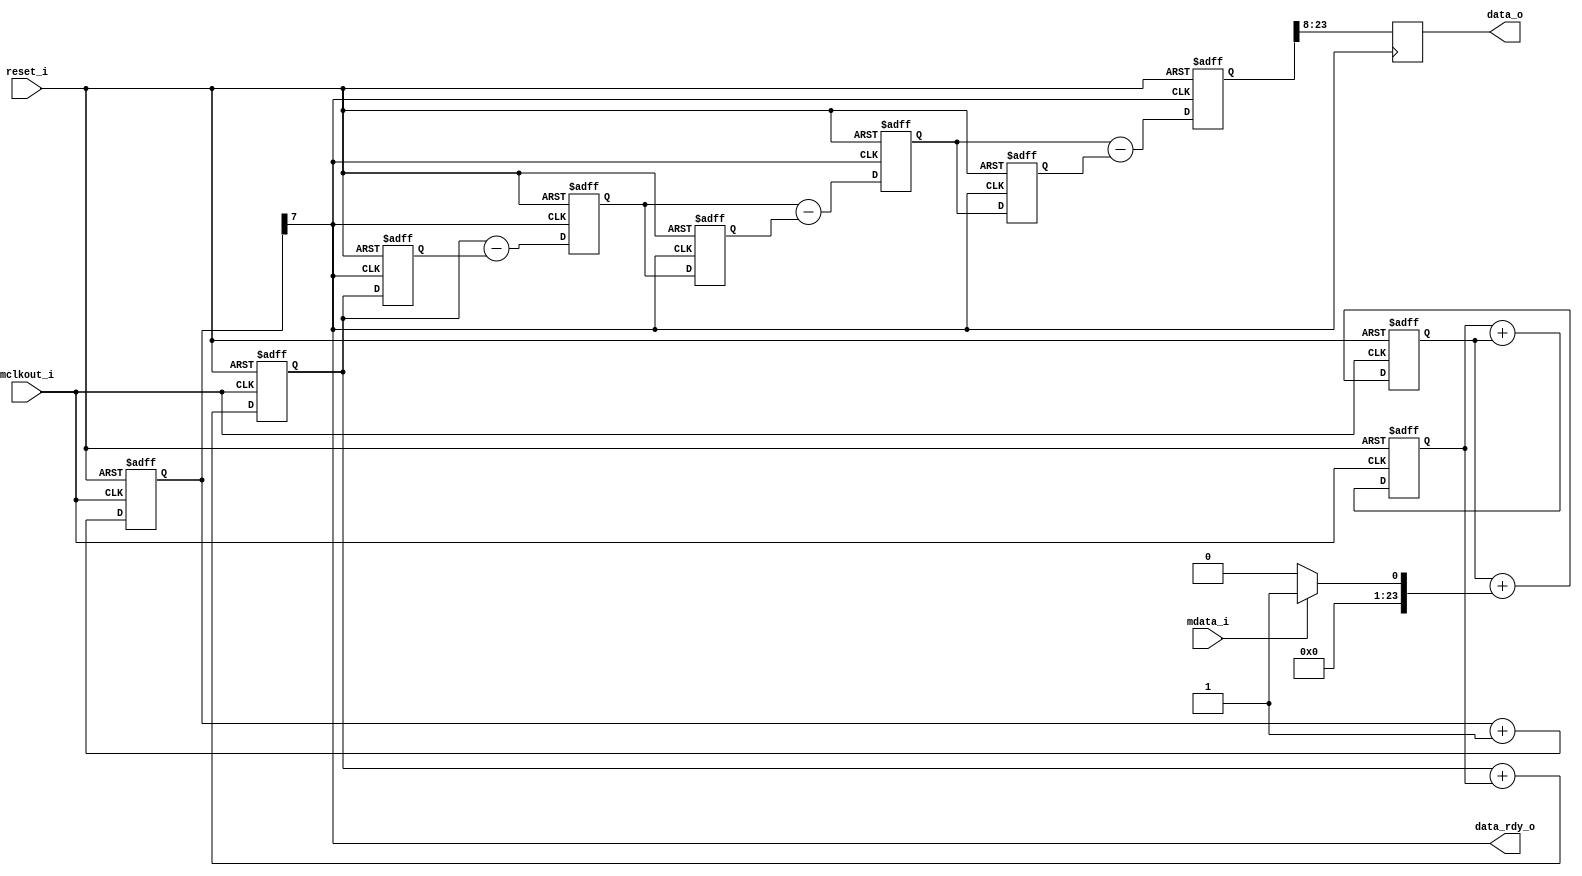
// ***************************************************************************
// ***************************************************************************
// Copyright 2014 - 2017 (c) Analog Devices, Inc. All rights reserved.
//
// In this HDL repository, there are many different and unique modules, consisting
// of various HDL (Verilog or VHDL) components. The individual modules are
// developed independently, and may be accompanied by separate and unique license
// terms.
//
// The user should read each of these license terms, and understand the
// freedoms and responsibilities that he or she has by using this source/core.
//
// This core is distributed in the hope that it will be useful, but WITHOUT ANY
// WARRANTY; without even the implied warranty of MERCHANTABILITY or FITNESS FOR
// A PARTICULAR PURPOSE.
//
// Redistribution and use of source or resulting binaries, with or without modification
// of this file, are permitted under one of the following two license terms:
//
//   1. The GNU General Public License version 2 as published by the
//      Free Software Foundation, which can be found in the top level directory
//      of this repository (LICENSE_GPL2), and also online at:
//      <https://www.gnu.org/licenses/old-licenses/gpl-2.0.html>
//
// OR
//
//   2. An ADI specific BSD license, which can be found in the top level directory
//      of this repository (LICENSE_ADIBSD), and also on-line at:
//      https://github.com/analogdevicesinc/hdl/blob/master/LICENSE_ADIBSD
//      This will allow to generate bit files and not release the source code,
//      as long as it attaches to an ADI device.
//
// ***************************************************************************
// ***************************************************************************

`timescale 1 ns / 100 ps //Use a timescale that is best for simulation.

//------------------------------------------------------------------------------
//----------- Module Declaration -----------------------------------------------
//------------------------------------------------------------------------------
module dec256sinc24b
(
    input                       reset_i,
    input                       mclkout_i,
    input                       mdata_i,

    output                      data_rdy_o,     // signals when new data is available
    output reg  [15:0]          data_o          // outputs filtered data
);

//------------------------------------------------------------------------------
//----------- Registers Declarations -------------------------------------------
//------------------------------------------------------------------------------

reg [23:0]  ip_data1;
reg [23:0]  acc1;
reg [23:0]  acc2;
reg [23:0]  acc3;
reg [23:0]  acc3_d1;
reg [23:0]  acc3_d2;
reg [23:0]  diff1;
reg [23:0]  diff2;
reg [23:0]  diff3;
reg [23:0]  diff1_d;
reg [23:0]  diff2_d;
reg [7:0]   word_count;
reg         word_clk;

//------------------------------------------------------------------------------
//----------- Assign/Always Blocks ---------------------------------------------
//------------------------------------------------------------------------------

assign data_rdy_o = word_clk;

/* Perform the Sinc ACTION */
always @(mdata_i)
begin
    if(mdata_i == 0)
    begin
        ip_data1    <= 0;
    end
    else
    begin
        ip_data1    <= 1;
    end
end

/*ACCUMULATOR (INTEGRATOR) 
* Perform the accumulation (IIR) at the speed of the modulator.
* mclkout_i = modulators conversion bit rate */
always @(negedge mclkout_i or posedge reset_i)
begin
    if( reset_i == 1'b1 )
    begin
        /*initialize acc registers on reset*/
        acc1    <= 0;
        acc2    <= 0;
        acc3    <= 0;
    end
    else
    begin
        /*perform accumulation process*/
        acc1    <= acc1 + ip_data1;
        acc2    <= acc2 + acc1;
        acc3    <= acc3 + acc2;
    end
end

/*DECIMATION STAGE (MCLKOUT_I/ WORD_CLK) */
always@(posedge mclkout_i or posedge reset_i )
begin
    if(reset_i == 1'b1)
    begin
        word_count  <= 0;
    end
    else
    begin
        word_count <= word_count + 1;
    end
end

always @(word_count)
begin
    word_clk <= word_count[7];
end

/*DIFFERENTIATOR (including decimation stage) 
* Perform the differentiation stage (FIR) at a lower speed.
WORD_CLK = output word rate */
always @(posedge word_clk or posedge reset_i)
begin
    if(reset_i == 1'b1)
    begin
        acc3_d2 <= 0;
        diff1_d <= 0;
        diff2_d <= 0;
        diff1   <= 0;
        diff2   <= 0;
        diff3   <= 0;
    end
    else
    begin
        diff1   <= acc3 - acc3_d2;
        diff2   <= diff1 - diff1_d;
        diff3   <= diff2 - diff2_d;
        acc3_d2 <= acc3;
        diff1_d <= diff1;
        diff2_d <= diff2;
    end
end

/*  Clock the Sinc output into an output register
    Clocking Sinc Output into an Output Register
WORD_CLK = output word rate */
always @(posedge word_clk)
begin
    data_o[15]  <= diff3[23];
    data_o[14]  <= diff3[22];
    data_o[13]  <= diff3[21];
    data_o[12]  <= diff3[20];
    data_o[11]  <= diff3[19];
    data_o[10]  <= diff3[18];
    data_o[9]   <= diff3[17];
    data_o[8]   <= diff3[16];
    data_o[7]   <= diff3[15];
    data_o[6]   <= diff3[14];
    data_o[5]   <= diff3[13];
    data_o[4]   <= diff3[12];
    data_o[3]   <= diff3[11];
    data_o[2]   <= diff3[10];
    data_o[1]   <= diff3[9];
    data_o[0]   <= diff3[8];
end

endmodule